Annual administration and progress report of the Indian Medical Department, Bombay
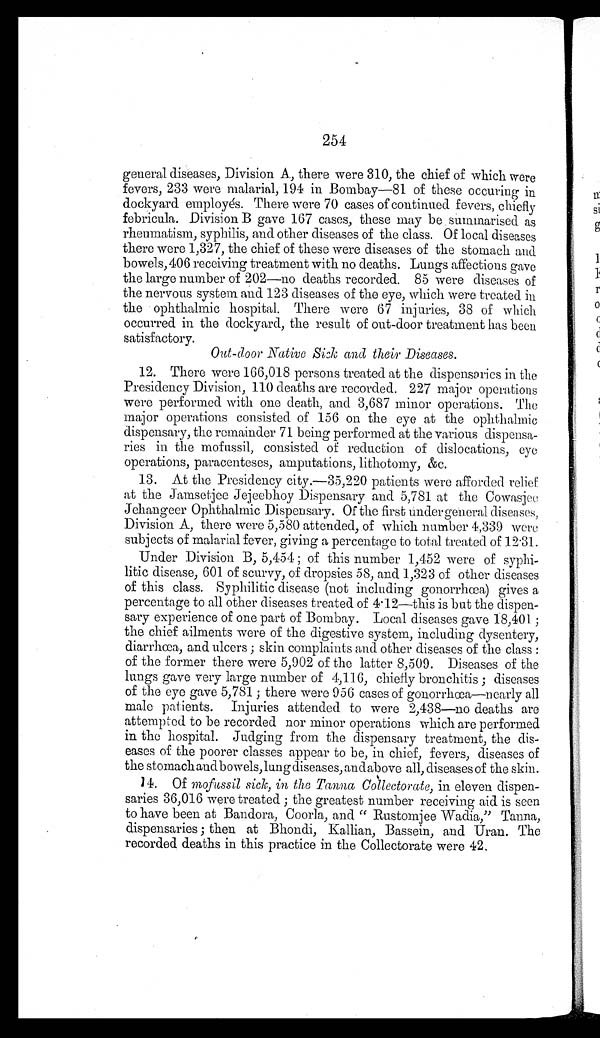
254
general diseases, Division A, there were 310, the chief of which were
fevers, 233 were malarial, 194 in Bombay—81 of these occuring in
dockyard employés. There were 70 cases of continued fevers, chiefly
febricula. Division B gave 167 cases, these may be summarised as
rheumatism, syphilis, and other diseases of the class. Of local diseases
there were 1,327, the chief of these were diseases of the stomach and
bowels, 406 receiving treatment with no deaths. Lungs affections gave
the large number of 202—no deaths recorded. 85 were diseases of
the nervous system and 123 diseases of the eye, which were treated in
the ophthalmic hospital. There were 67 injuries, 38 of which
occurred in the dockyard, the result of out-door treatment has been
satisfactory.
Ont-door Native Sick and their Diseases.
12. There were 166,018 persons treated at the dispensaries in the
Presidency Division, 110 deaths are recorded. 227 major operations
were performed with one death, and 3,687 minor operations. The
major operations consisted of 156 on the eye at the ophthalmic
dispensary, the remainder 71 being performed at the various dispensa
- r i e s i n t h e m o f u s s i l , c o n s i s t e d o f r e d u c t i o n o f d i s l o c a t i o n s , e y e
operations, paracenteses, amputations, lithotomy, &c.
13. At the Presidency city.—35,220 patients were afforded relief
at the Jamsetjee Jejeebhoy Dispensary and 5,781 at the Cowasjee
Jehangeer Ophthalmic Dispensary. Of the first under general diseases,
Division A, there were 5,580 attended, of which number 4,339 were
subjects of malarial fever, giving a percentage to total treated of 12.31.
Under Division B, 5,454; of this number 1,452 were of syphi
-litic disease, 601 of scurvy, of dropsies 58, and 1,323 of other diseases
of this class. Syphilitic disease (not including gonorrhœa) gives a
percentage to all other diseases treated of 4.12—this is but the dispen
-sary experience of one part of Bombay. Local diseases gave 18,401;
the chief ailments were of the digestive system, including dysentery,
diarrhœa, and ulcers; skin complaints and other diseases of the class
of the former there were 5,902 of the latter 8,509. Diseases of the
lungs gave very large number of 4,116, chiefly bronchitis; diseases
of the eye gave 5,781; there were 956 cases of gonorrhœa—nearly all
male patients. Injuries attended to were 2,438—no deaths are
attempted to be recorded nor minor operations which are performed
in the hospital. Judging from the dispensary treatment, the dis
-eases of the poorer classes appear to be, in chief, fevers, diseases of
the stomach aud bowels, lung diseases, and above all, diseases of the skin.
14. Of mofussil sick, in the Tanna Collectorate, in eleven dispen
- s a r i e s 3 6 , 0 1 6 w e r e t r e a t e d ; t h e g r e a t e s t n u m b e r r e c e i v i n g a i d i s s e e n
to have been at Bandora, Coorla, and "Rustomjee Wadia," Tanna,
dispensaries; then at Bhondi, Kallian, Bassein, and Uran. The
recorded deaths in this practice in the Collectorate were 42.